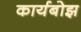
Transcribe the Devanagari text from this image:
कार्यबोझ